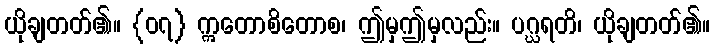
ယိုချတတ်၏။ {၀၇} ဣတောစိတောစ၊ ဤမှဤမှလည်း။ ပဂ္ဃရတိ၊ ယိုချတတ်၏။